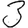
Digit: 3